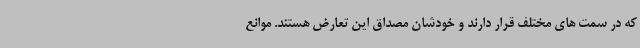
که در سمت های مختلف قرار دارند و خودشان مصداق این تعارض هستند. موانع